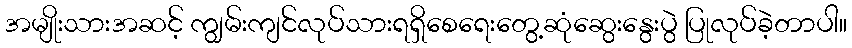
အမျိုးသားအဆင့် ကျွမ်းကျင်လုပ်သားရရှိစေရေးတွေ့ဆုံဆွေးနွေးပွဲ ပြုလုပ်ခဲ့တာပါ။